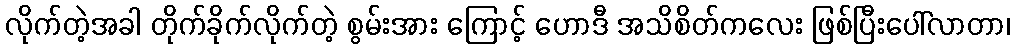
လိုက်တဲ့အခါ တိုက်ခိုက်လိုက်တဲ့ စွမ်းအား ကြောင့် ဟောဒီ အသိစိတ်ကလေး ဖြစ်ပြီးပေါ်လာတာ၊